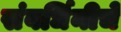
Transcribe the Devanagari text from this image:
संवर्धिनीचे